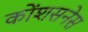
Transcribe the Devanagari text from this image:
कोंशसनेस